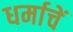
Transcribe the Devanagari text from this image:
धर्माचें